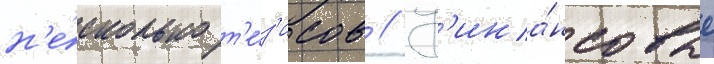
н'е́сколько т'е́з'исов // Ф'ина́нсовые